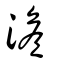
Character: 澹